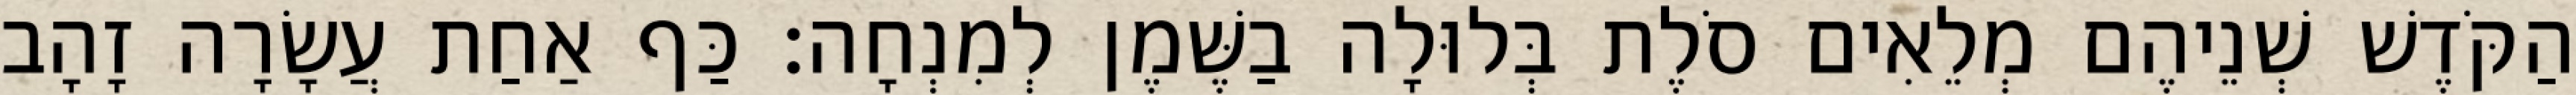
הַקֹּדֶשׁ שְׁנֵיהֶם מְלֵאִים סֹלֶת בְּלוּלָה בַשֶּׁמֶן לְמִנְחָה׃ כַּף אַחַת עֲשָׂרָה זָהָב